Quinine and its salts - Number 41
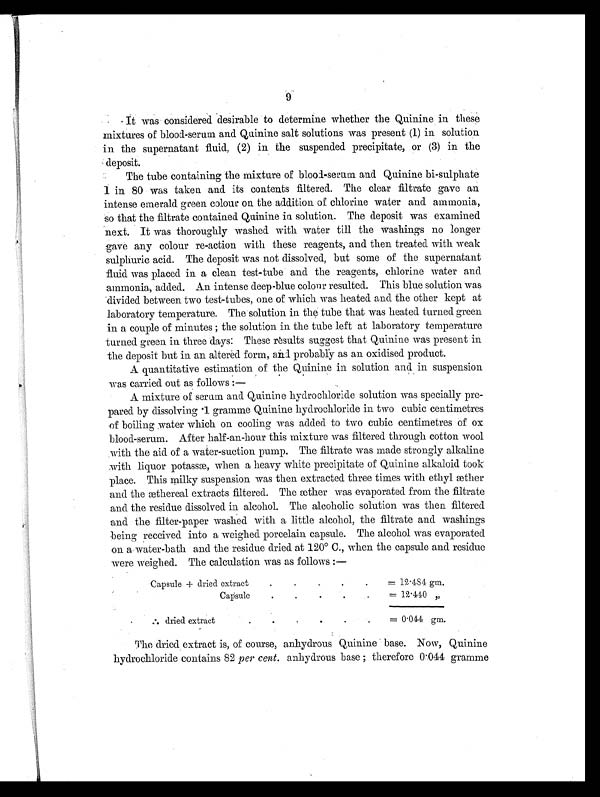
9
It was considered desirable to determine whether the Quinine in these
mixtures of blood-serum and Quinine salt solutions was present (1) in solution
in the supernatant fluid, (2) in the suspended precipitate, or (3) in the
deposit.
The tube containing the mixture of blood-serum and Quinine bi-sulphate
1 in 80 was taken and its contents filtered. The clear filtrate gave an
intense emerald green colour on the addition of chlorine water and ammonia,
so that the filtrate contained Quinine in solution. The deposit was examined
next. It was thoroughly washed with water till the washings no longer
gave any colour re-action with these reagents, and then treated with weak
sulphuric acid. The deposit was not dissolved, but some of the supernatant
fluid was placed in a clean test-tube and the reagents, chlorine water and
ammonia, added. An intense deep-blue colour resulted. This blue solution was
divided between two test-tubes, one of which was heated and the other kept at
laboratory temperature. The solution in the tube that was heated turned green
in a couple of minutes; the solution in the tube left at laboratory temperature
turned green in three days: These results suggest that Quinine was present in
the deposit but in an altered form, and probably as an oxidised product.
A quantitative estimation of the Quinine in solution and in suspension
was carried out as follows:
—
A mixture of serum and Quinine hydrochloride solution was specially pre-
pared by dissolving .1 gramme Quinine hydrochloride in two cubic centimetres
of boiling water which on cooling was added to two cubic centimetres of ox
blood-serum. After half-an-hour this mixture was filtered through cotton wool
with the aid of a water-suction pump. The filtrate was made strongly alkaline
with liquor potassæ, when a heavy white precipitate of Quinine alkaloid took
place. This milky suspension was then extracted three times with ethyl æther
and the æthereal extracts filtered. The æther was evaporated from the filtrate
and the residue dissolved in alcohol. The alcoholic solution was then filtered
and the filter-paper washed with a little alcohol, the filtrate and washings
being received into a weighed porcelain capsule. The alcohol was evaporated
on a water-bath and the residue dried at 120° C., when the capsule and residue
were weighed. The calculation was as follows:—
Capsule + dried extract
.
.
. .
.
=
1 2 . 4 8 4 gm.
Capsule
.
.
.
.
.
=
1 2 . 4 4 0 "
[ I L L ]
d r i e d e x t r a c t .
.
.
.
.
. =
0 . 0 4 4 gm.
The dried extract is, of course, anhydrous Quinine base. Now, Quinine
hydrochloride contains 82 per cent . anhydrous base; therefore 0.044 gramme